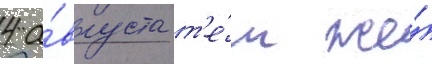
4 а́вгуста т'е́м же́